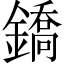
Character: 鐈